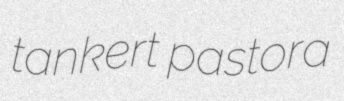
tankert pastora